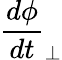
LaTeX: \frac{d\phi}{dt}_{\perp}